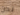
نحن